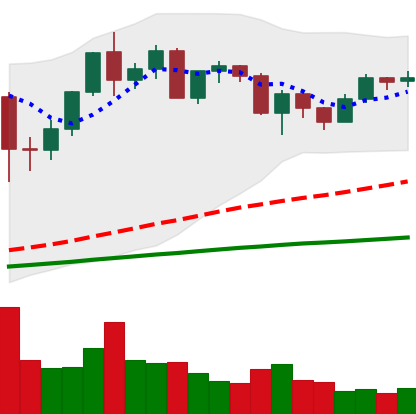
Ticker: ETH-USD
Chart end date: 2020-12-15
Forward return: 8.303%
Label: up_7plus